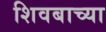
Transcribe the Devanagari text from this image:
शिवबाच्‍या